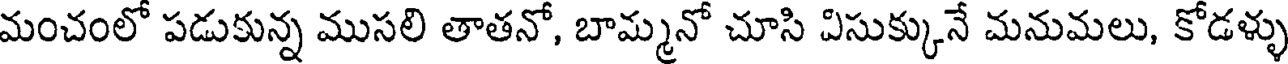
మంచంలో పడుకున్న ముసలి తాతనో, బామ్మనో చూసి విసుక్కునే మనుమలు, కోడళ్ళు